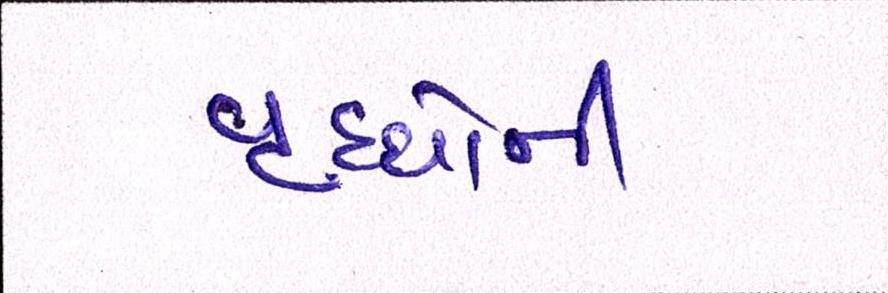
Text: વૃધ્ધોની